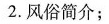
2. 风俗简介；